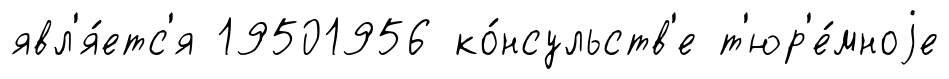
явл'я́етс'я 19501956 ко́нсульств'е т'юр'е́мноjе